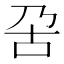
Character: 呄